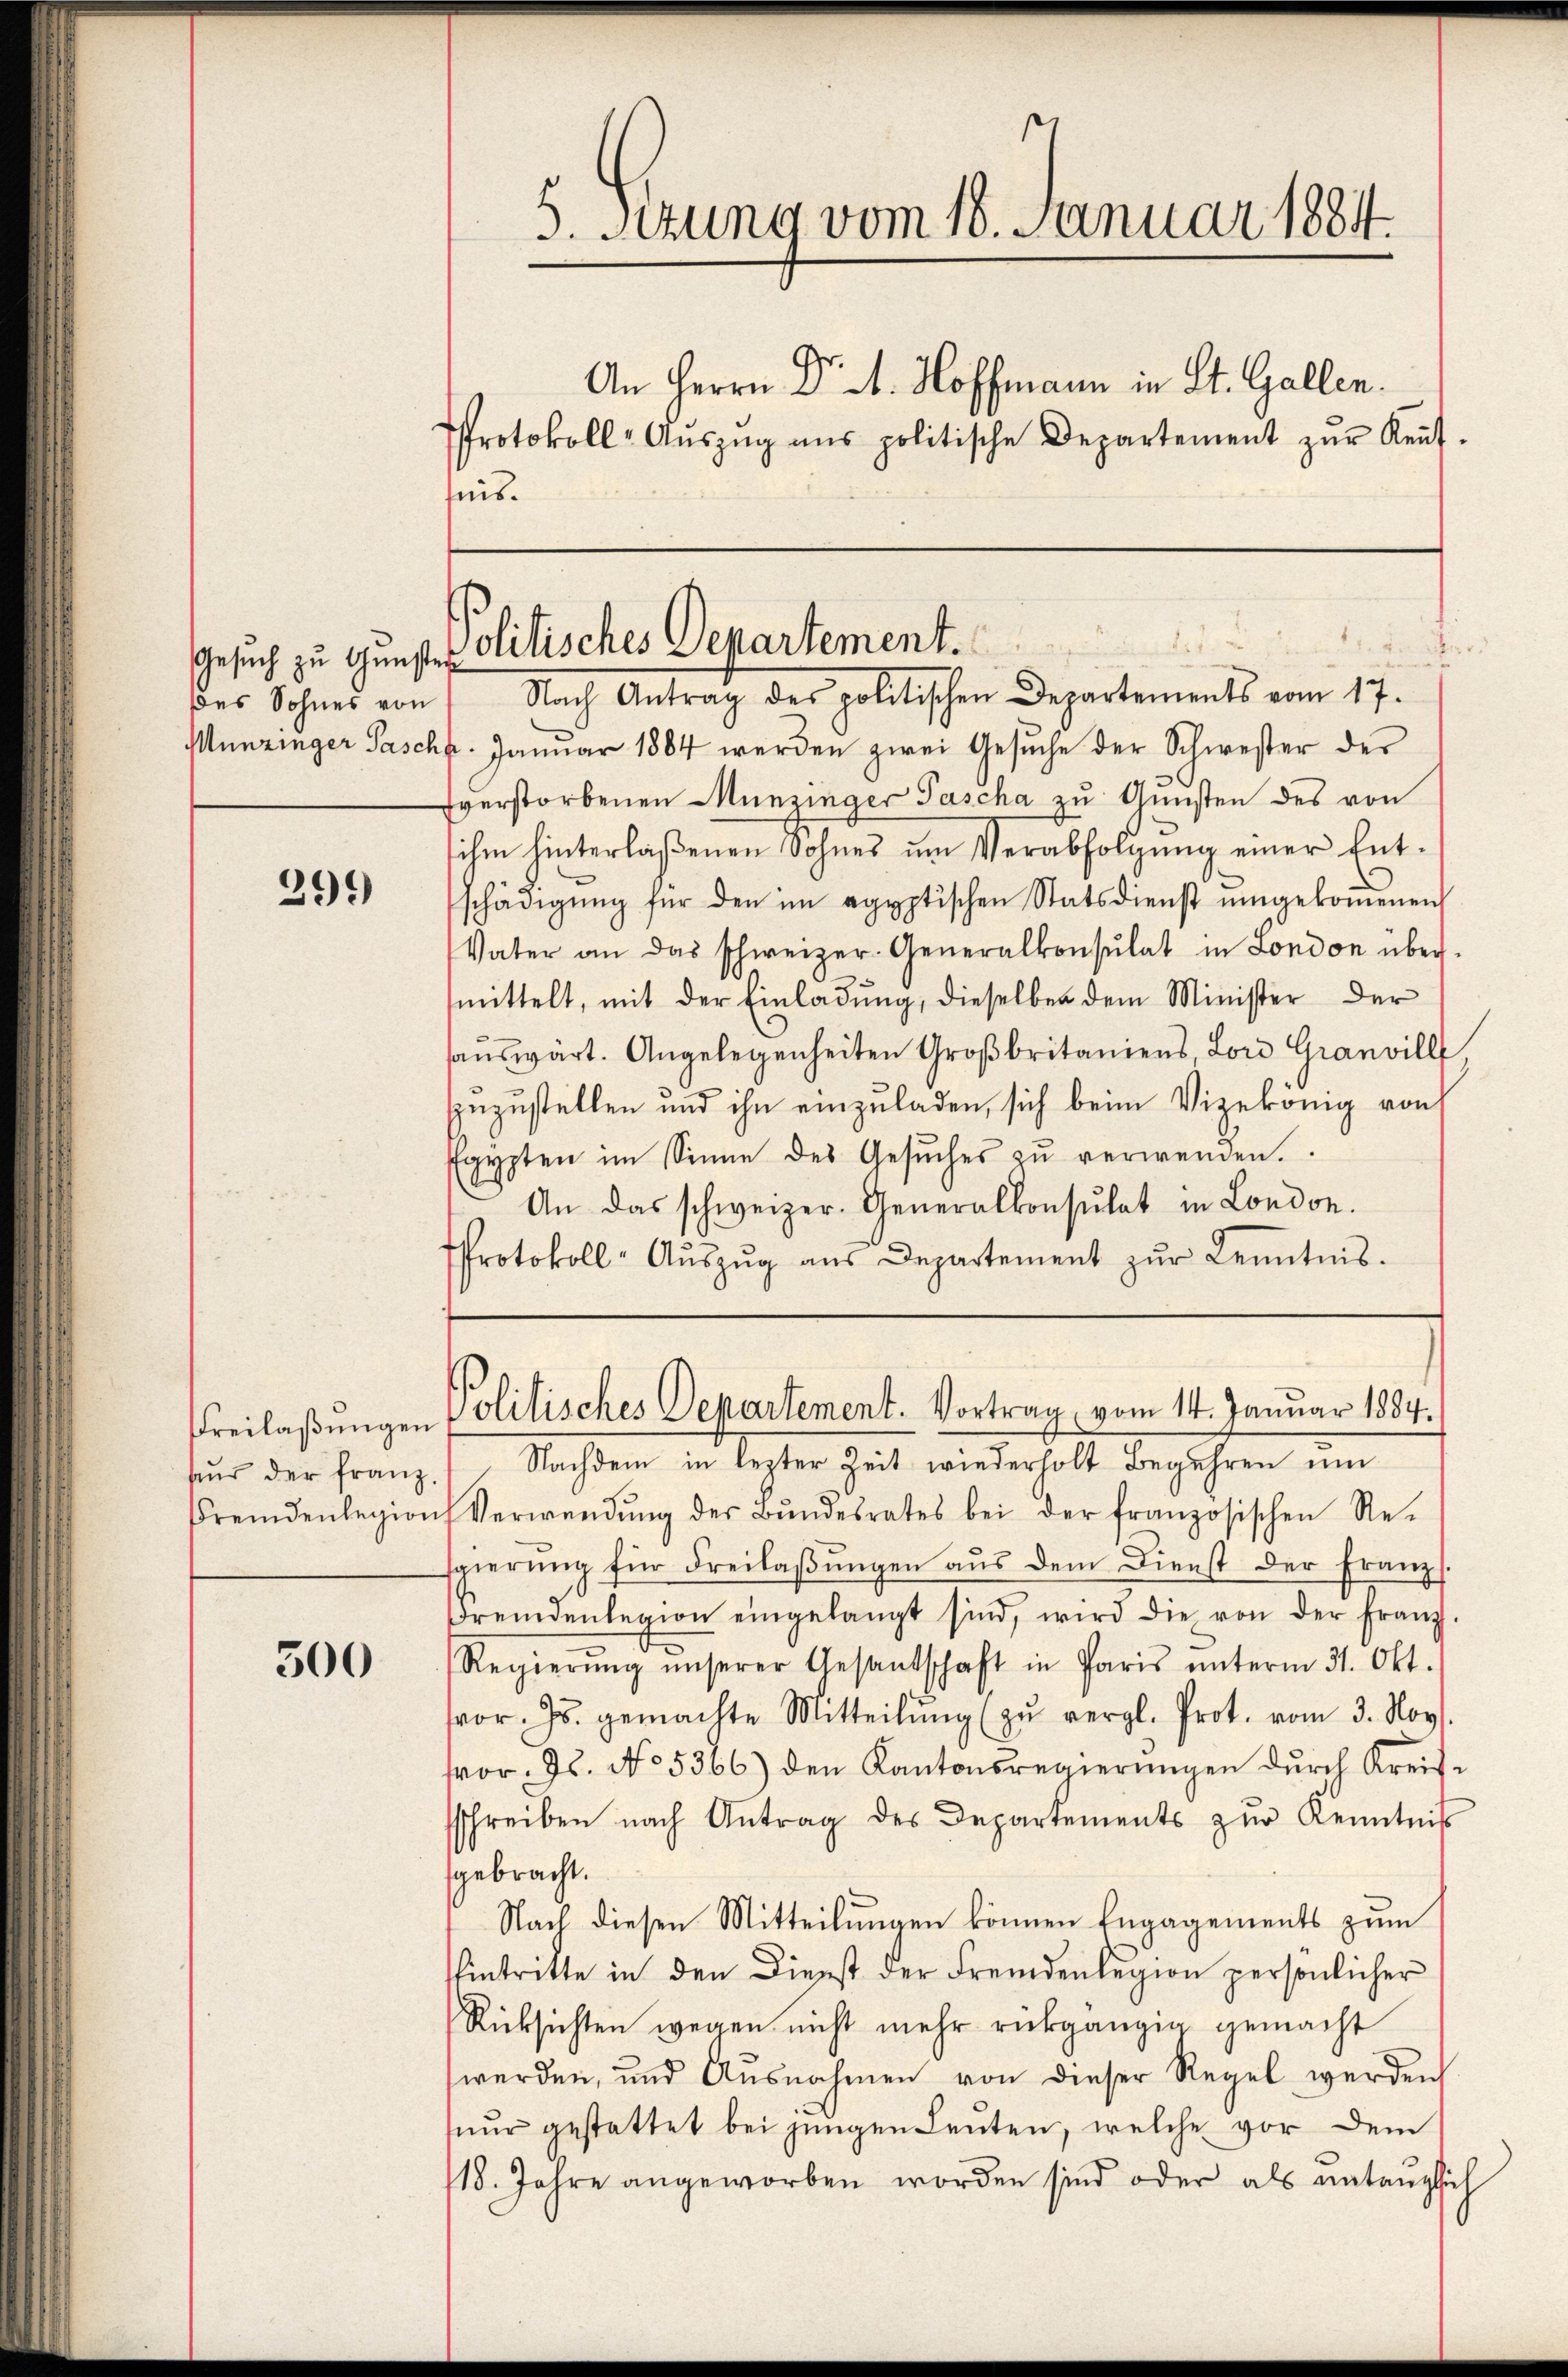
Gesuch zu Gunster
des Sohnes von

299)

Freilaßungen
fur der Franz
Fremdenlegions

500

Protokoll-Aŭszŭg aŭs politische Departement zŭr Keṅt-
ts.

5. Sitzung vom 18. Januar 1884

Munzinger Pasch. Januar 1884 werden zwei Gesuche der Schwester der
Everstorbenen Munzinger Pascha zu Gunsten des von
ihm hinterlaßenen Sohnes ŭm Verabfolgŭng einer Ent-
schädigŭng für den im egyptischen Statsdienst umgekoṁenen
Vater an das schweizer-Generalkonsulat in London über-
mittelt, mit der Einladung, dieselben dem Minister der
aŭswärt. Angelegenheiten Großbritaniens, Lord Granvill
hinzustellen und ihn einzuladen, sich beim Vizekönig von
Egypten im Sinne des Gesŭches zŭ verwenden.
An das schweizer. Generalkonsulat in London.
Protokoll-Aŭszŭg aŭs Departement zŭr Kenntnis.

An Herrn Dr. A. Hoffmann in St. Gallen.

politisches Departement.
Nach Antrag des politischen Departements vom 17.

Politisches Departement. Vortrag vom 14. Januar 1884.

Nachdem in lezter Zeit wiederholt Begehren um
Verwendŭng der Bŭndesrates bei der französischen Re-
sgierŭng für Freilaβŭngen aus dem Dienst der Franz.
Fremdenlegion eingelangt sind, wird die von der franz-
Regierŭng ŭnserer Gesantschaft in Paris ŭnterm 31. Okt.
or. Js. gemachte Mitteilŭng zŭ vergl. Prot. vom 3. Nov.
vor. Js. No. 5366) den Kantonsregierŭngen dŭrch Kreis-
sschreiben nach Antrag des Departements zur Kenntnis
gebracht.
Nach diesen Mitteilungen können Engagements zum
Eintritte in den Dienst der Fremdenlegion persönlicher
Rücksichten wegen nicht mehr rückgängig gemacht
werden, und Ausnahmen von dieser Regel werden
nur gestattet bei jungen Leuten, welche vor dem
18. Jahre angeworben worden sind oder als untauglich